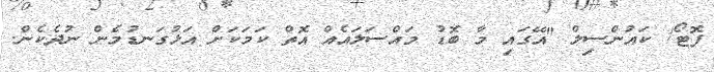
ފޮޓޯ/ ކައުންސިލް "އޭގައި މާ ބޮޑު މައްސަލައެއް އޮތް ކަމަކަށް އަޅުގަނޑުމެން ނުދެކެން.